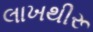
લાખથીરૂ